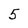
Character: 5